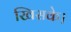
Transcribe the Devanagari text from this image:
खिसके।